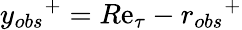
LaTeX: {y_{obs}}^{+}=R\mathrm{e}_{\tau}-{r_{obs}}^{+}